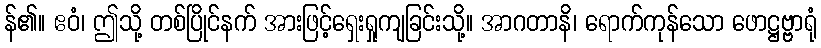
န်၏။ ဧဝံ၊ ဤသို့ တစ်ပြိုင်နက် အားဖြင့်ရှေးရှုကျခြင်းသို့။ အာဂတာနိ၊ ရောက်ကုန်သော ဖောဋ္ဌဗ္ဗ္ဗာရုံ